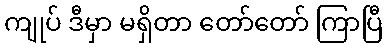
ကျုပ် ဒီမှာ မရှိတာ တော်တော် ကြာပြီ